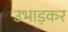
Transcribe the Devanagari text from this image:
उभाड़कर